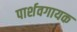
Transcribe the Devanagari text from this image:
पार्शवगायक